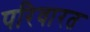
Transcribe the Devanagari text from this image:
परिवारत